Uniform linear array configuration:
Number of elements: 32
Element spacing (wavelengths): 1
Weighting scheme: hann
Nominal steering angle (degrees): -15
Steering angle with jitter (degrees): -14.015
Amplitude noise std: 0.05
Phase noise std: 0.05

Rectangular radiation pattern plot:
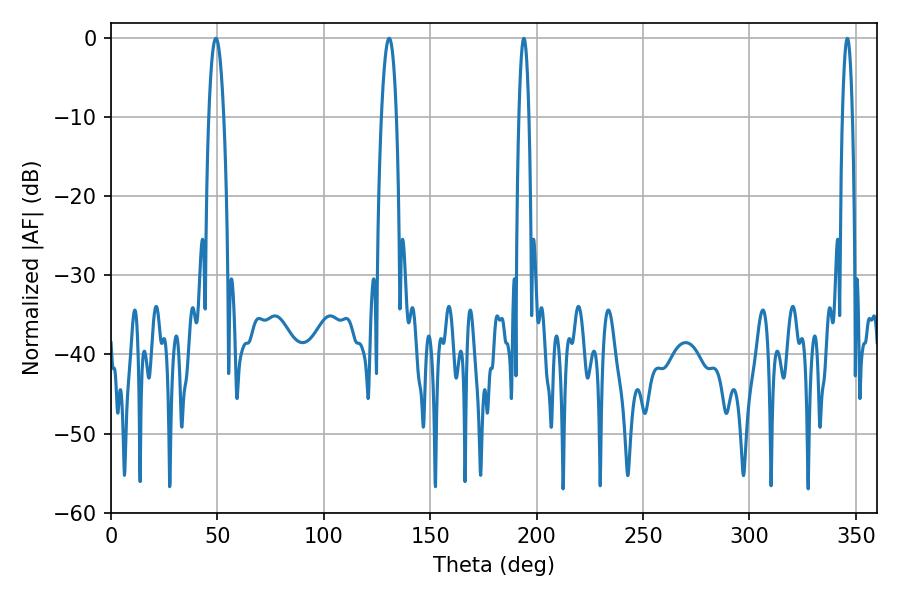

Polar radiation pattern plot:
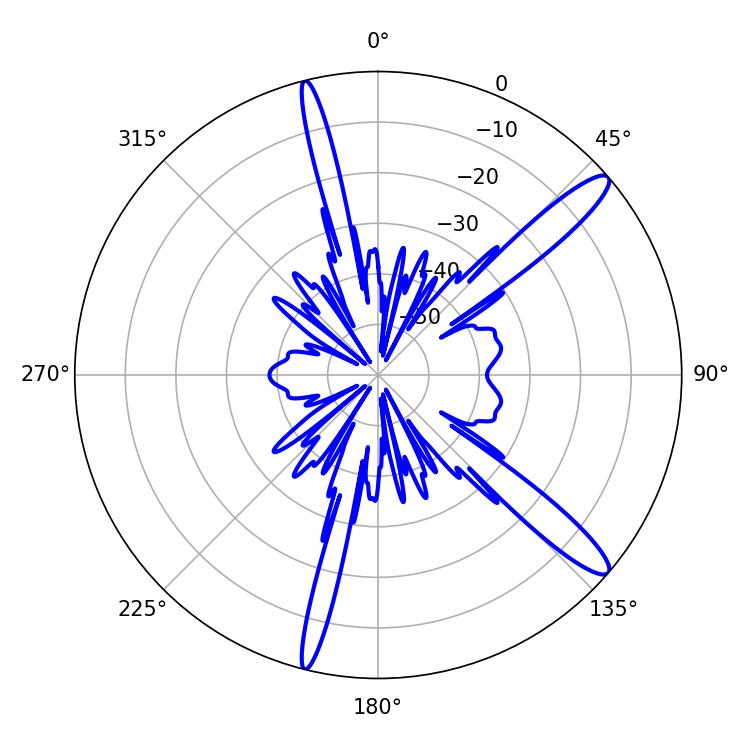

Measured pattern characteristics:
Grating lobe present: TRUE
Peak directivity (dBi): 13.556
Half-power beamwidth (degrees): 3.96
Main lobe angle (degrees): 49.32